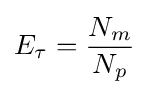
E_{\tau }={\frac {N_{m}}{N_{p}}}